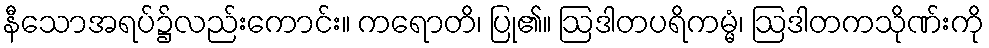
နီသောအရပ်၌လည်းကောင်း။ ကရောတိ၊ ပြု၏။ ဩဒါတပရိကမ္မံ၊ ဩဒါတကသိုဏ်းကို